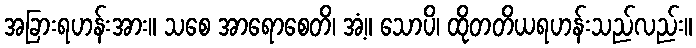
အခြားရဟန်းအား။ သစေ အာရောစေတိ၊ အံ့။ သောပိ၊ ထိုတတိယရဟန်းသည်လည်း။